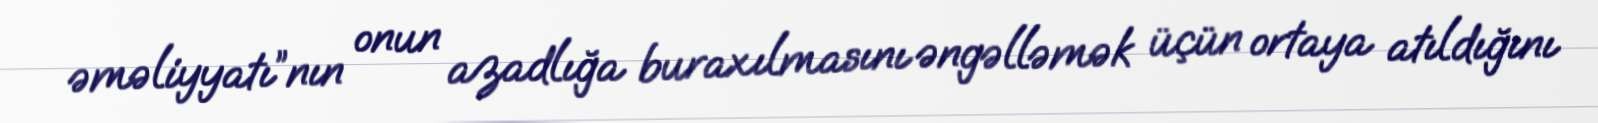
əməliyyatı”nın onun azadlığa buraxılmasını əngəlləmək üçün ortaya atıldığını